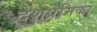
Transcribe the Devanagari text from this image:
देशप्रेमिका